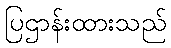
ပြဌာန်းထားသည်